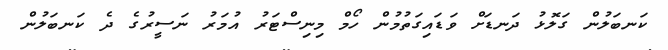
ކަނބަލުން ގަލޮޅު ދަނޑަށް ވަޑައިގަތުމުން ހޯމް މިނިސްޓަރު އުމަރު ނަސީރުގެ ދެ ކަނބަލުން